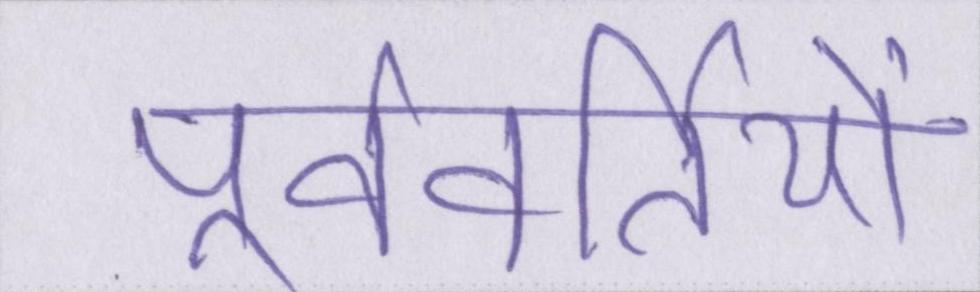
पूर्ववर्तियों